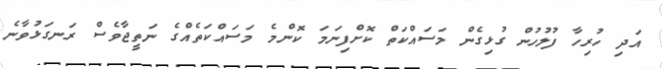
އަދި ހުރިހާ ފުލުހުން ގުޅިގެން މަސައްކަތް ކޮށްފިނަމަ ކޮންމެ މަސައްކަތެއްގެ ނަތީޖާވެސް ރަނގަޅުވާނެ